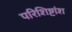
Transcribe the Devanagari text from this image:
परिशिष्टांश